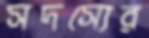
সদস্যের